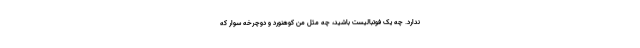
ندارد. چه یک فوتبالیست باشید، چه مثل من کوهنورد و دوچرخه سوار که